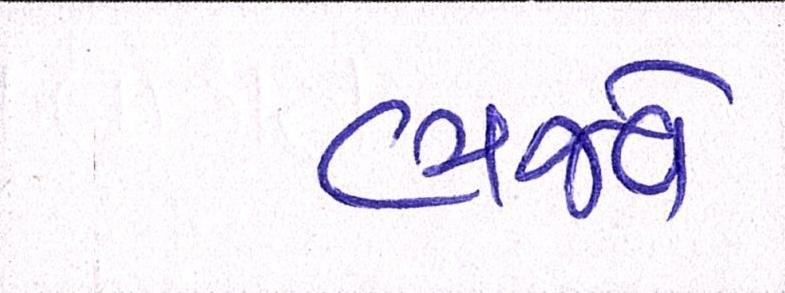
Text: ભજવે